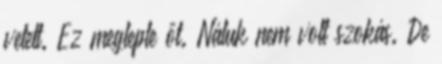
vetett. Ez meglepte őt. Náluk nem volt szokás. De